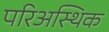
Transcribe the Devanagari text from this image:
परिअस्थिक